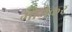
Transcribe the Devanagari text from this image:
भोजेकर